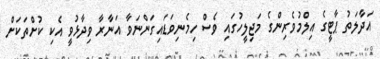
އަދާލަތު ޕާޓީގެ އިލްމުވެރިންގެ މަޖިލީހުގައި ވެސް ހިމެނިވަޑައިގަންނަވާ އަނާރާ ވިދާޅުވީ އެކި ކުށްތަކަށް